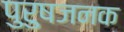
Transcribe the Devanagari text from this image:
पुरुषजनक